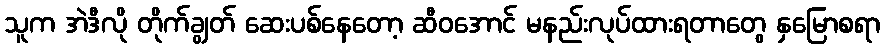
သူက အဲဒီလို တိုက်ချွတ် ဆေးပစ်နေတော့ ဆီဝအောင် မနည်းလုပ်ထားရတာတွေ နှမြောစရာ